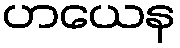
ဟယေန